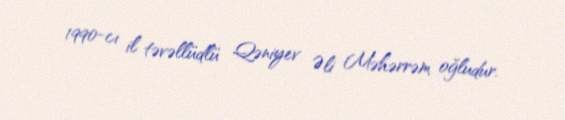
1990-cı il təvəllüdlü Qəniyev Əli Məhərrəm oğludur.